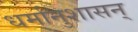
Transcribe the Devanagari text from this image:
धर्मानुशासन्